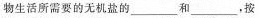
物生活所需要的无机盐的___和___，按